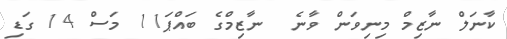
ކާނަލް ނާޒިމް މިނިވަން ވާނެ  ނާޒިމްގެ ބައްޕަ11 މަސް 14 ގަޑި